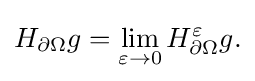
\displaystyle {H_{\partial \Omega }g=\lim _{\varepsilon \rightarrow 0}H_{\partial \Omega }^{\varepsilon }g.}